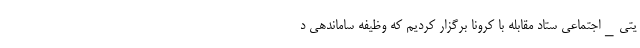
یتی_اجتماعی ستاد مقابله با کرونا برگزار کردیم که وظیفه ساماندهی د